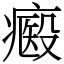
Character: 㿄